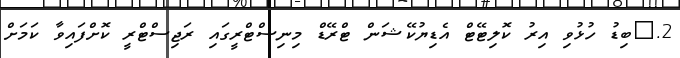
2.	ބިޑު ހުޅުވި އިރު ކޮލިޓޭޓް އެޑިޔުކޭޝަން ޓްރޭޑް މިނިސްޓްރީގައި ރަޖިސްޓްރީ ކޮށްފައިވާ ކަމަށް